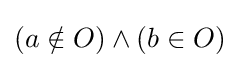
(a\notin O)\wedge (b\in O)